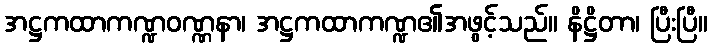
အဋ္ဌကထာကဏ္ဍဝဏ္ဏနာ၊ အဋ္ဌကထာကဏ္ဍ၏အဖွင့်သည်။ နိဋ္ဌိတာ၊ ပြီးပြီ။